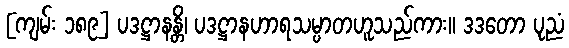
[ကျမ်း ၁၈၉] ပဒဋ္ဌာနန္တိ၊ ပဒဋ္ဌာနဟာရသမ္ပာတဟူသည်ကား။ ဒဒတော ပုညံ